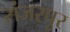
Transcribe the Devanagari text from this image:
संजरपुर